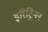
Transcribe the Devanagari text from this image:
इरिट्रियन